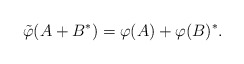
\begin{align*}\tilde\varphi(A+B^*)=\varphi(A)+\varphi(B)^*.\end{align*}